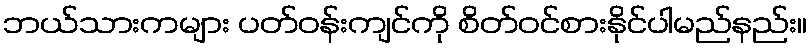
ဘယ်သားကများ ပတ်ဝန်းကျင်ကို စိတ်ဝင်စားနိုင်ပါမည်နည်း။